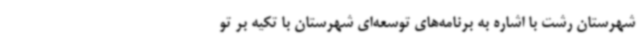
شهرستان رشت با اشاره به برنامه‌های توسعه‌ای شهرستان با تکیه بر تو